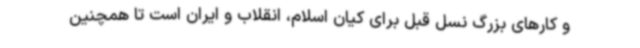
و کارهای بزرگ نسل قبل برای کیان اسلام، انقلاب و ایران است تا همچنین